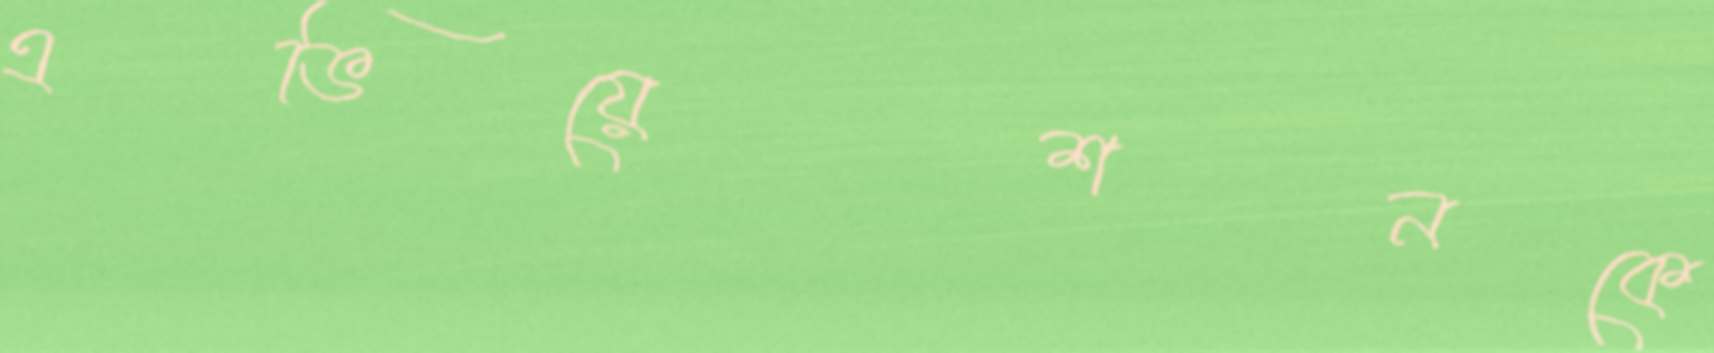
এভিয়েশনকে